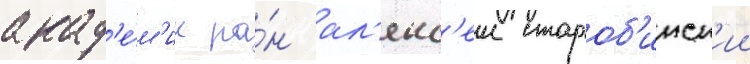
акад'е́м'ик ра́н ал'екс'еи староб'инск'ии